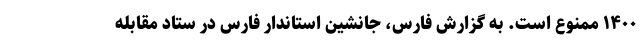
۱۴۰۰ ممنوع است. به گزارش فارس، جانشین استاندار فارس در ستاد مقابله